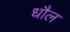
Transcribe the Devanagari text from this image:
धौल